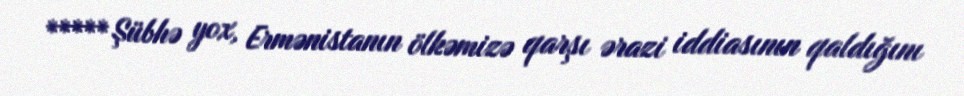
***** Şübhə yox, Ermənistanın ölkəmizə qarşı ərazi iddiasının qaldığını